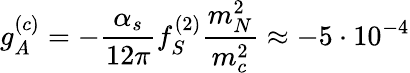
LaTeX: g_{A}^{(c)}=-\frac{\alpha_{s}}{12\pi}f_{S}^{(2)}\frac{m_{N}^{2}}{m_{c}^{2}}\approx-5\cdot 10^{-4}